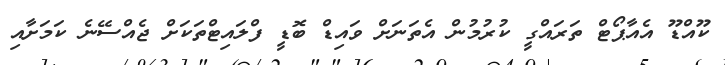
ކޫއްޑޫ އެއާޕޯޓް ތަރައްގީ ކުރުމުން އެތަނަށް ވައިޑް ބޮޑީ ފްލައިޓްތަކަށް ޖެއްސޭނެ ކަމަށާއި